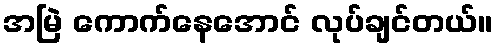
အမြဲ ကောက်နေအောင် လုပ်ချင်တယ်။